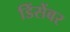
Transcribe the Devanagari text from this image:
डिंसेंबर